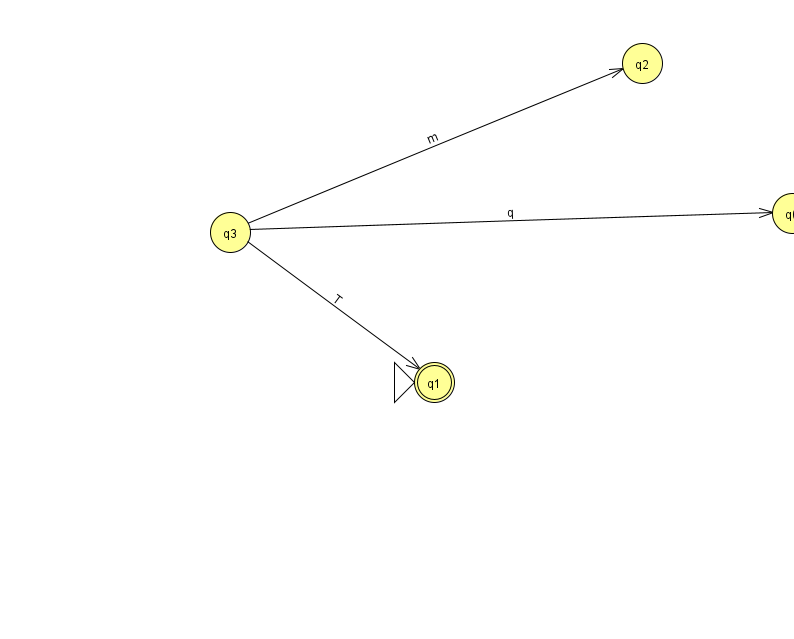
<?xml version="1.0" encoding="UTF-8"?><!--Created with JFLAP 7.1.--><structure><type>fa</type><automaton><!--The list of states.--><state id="0" name="q0"><x>792.0</x><y>200.0</y></state><state id="1" name="q1"><x>434.0</x><y>369.0</y><initial/><final/></state><state id="2" name="q2"><x>642.0</x><y>50.0</y></state><state id="3" name="q3"><x>230.0</x><y>219.0</y></state><!--The list of transitions.--><transition><from>3</from><to>1</to><read>T</read></transition><transition><from>3</from><to>2</to><read>m</read></transition><transition><from>3</from><to>0</to><read>q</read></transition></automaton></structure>